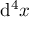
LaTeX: \mathrm { d } ^ { 4 } x